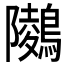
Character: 𪅋